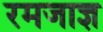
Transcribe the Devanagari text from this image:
रमजाज्ञ